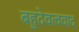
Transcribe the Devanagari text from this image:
बहुदेवत्ववाद